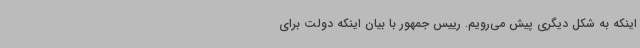
اینکه به شکل دیگری پیش می‌رویم. رییس جمهور با بیان اینکه دولت برای